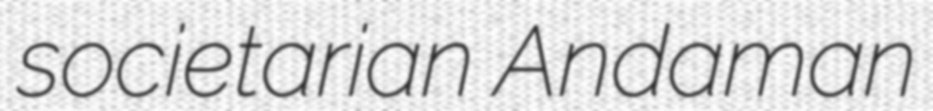
societarian Andaman